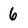
Character: 6